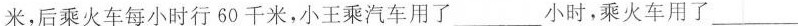
米，后乘火车每小时行60千米，小王乘汽车用了___小时，乘火车用了___